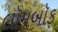
લૉમબૉક